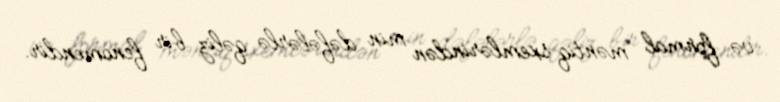
və formal məntiq sxemlərindən min dəfələrlə qəliz bir fenomendir.